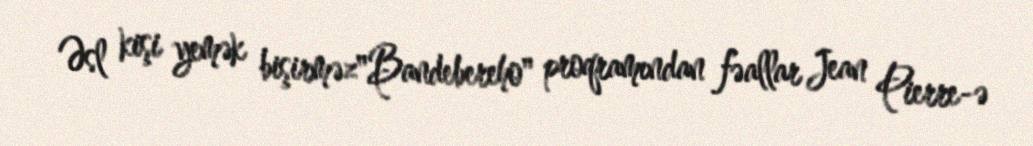
Əsl kişi yemək bişirməz"Bandebereho" proqramından fəallar Jean Pierre-ə